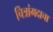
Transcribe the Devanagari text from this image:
चित्रांगदाचा